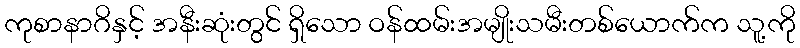
ကုစာနာဂိနှင့် အနီးဆုံးတွင် ရှိသော ဝန်ထမ်းအမျိုးသမီးတစ်ယောက်က သူ့ကို